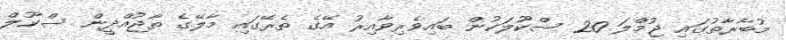
މުބާރާތުގައި ޖުމްލަ 20 ސްކޫލަކުން ބައިވެރިވާއިރު އޭގެ ތެރޭގައި މާލޭގެ ތާޖުއްދީން ސްކޫލް